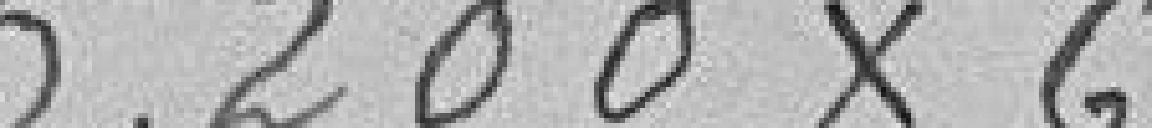
5.200 x 6